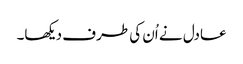
عادل نے اُن کی طرف دیکھا۔